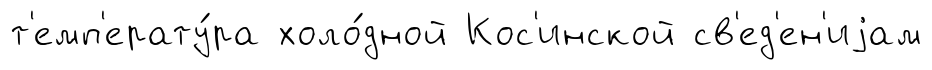
т'емп'ерату́ра холо́дной Кос'инской св'ед'ен'иjам